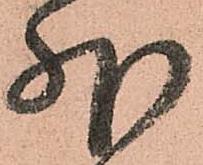
外